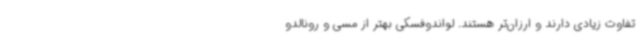
تفاوت زیادی دارند و ارزان‌تر هستند. لواندوفسکی بهتر از مسی و رونالدو